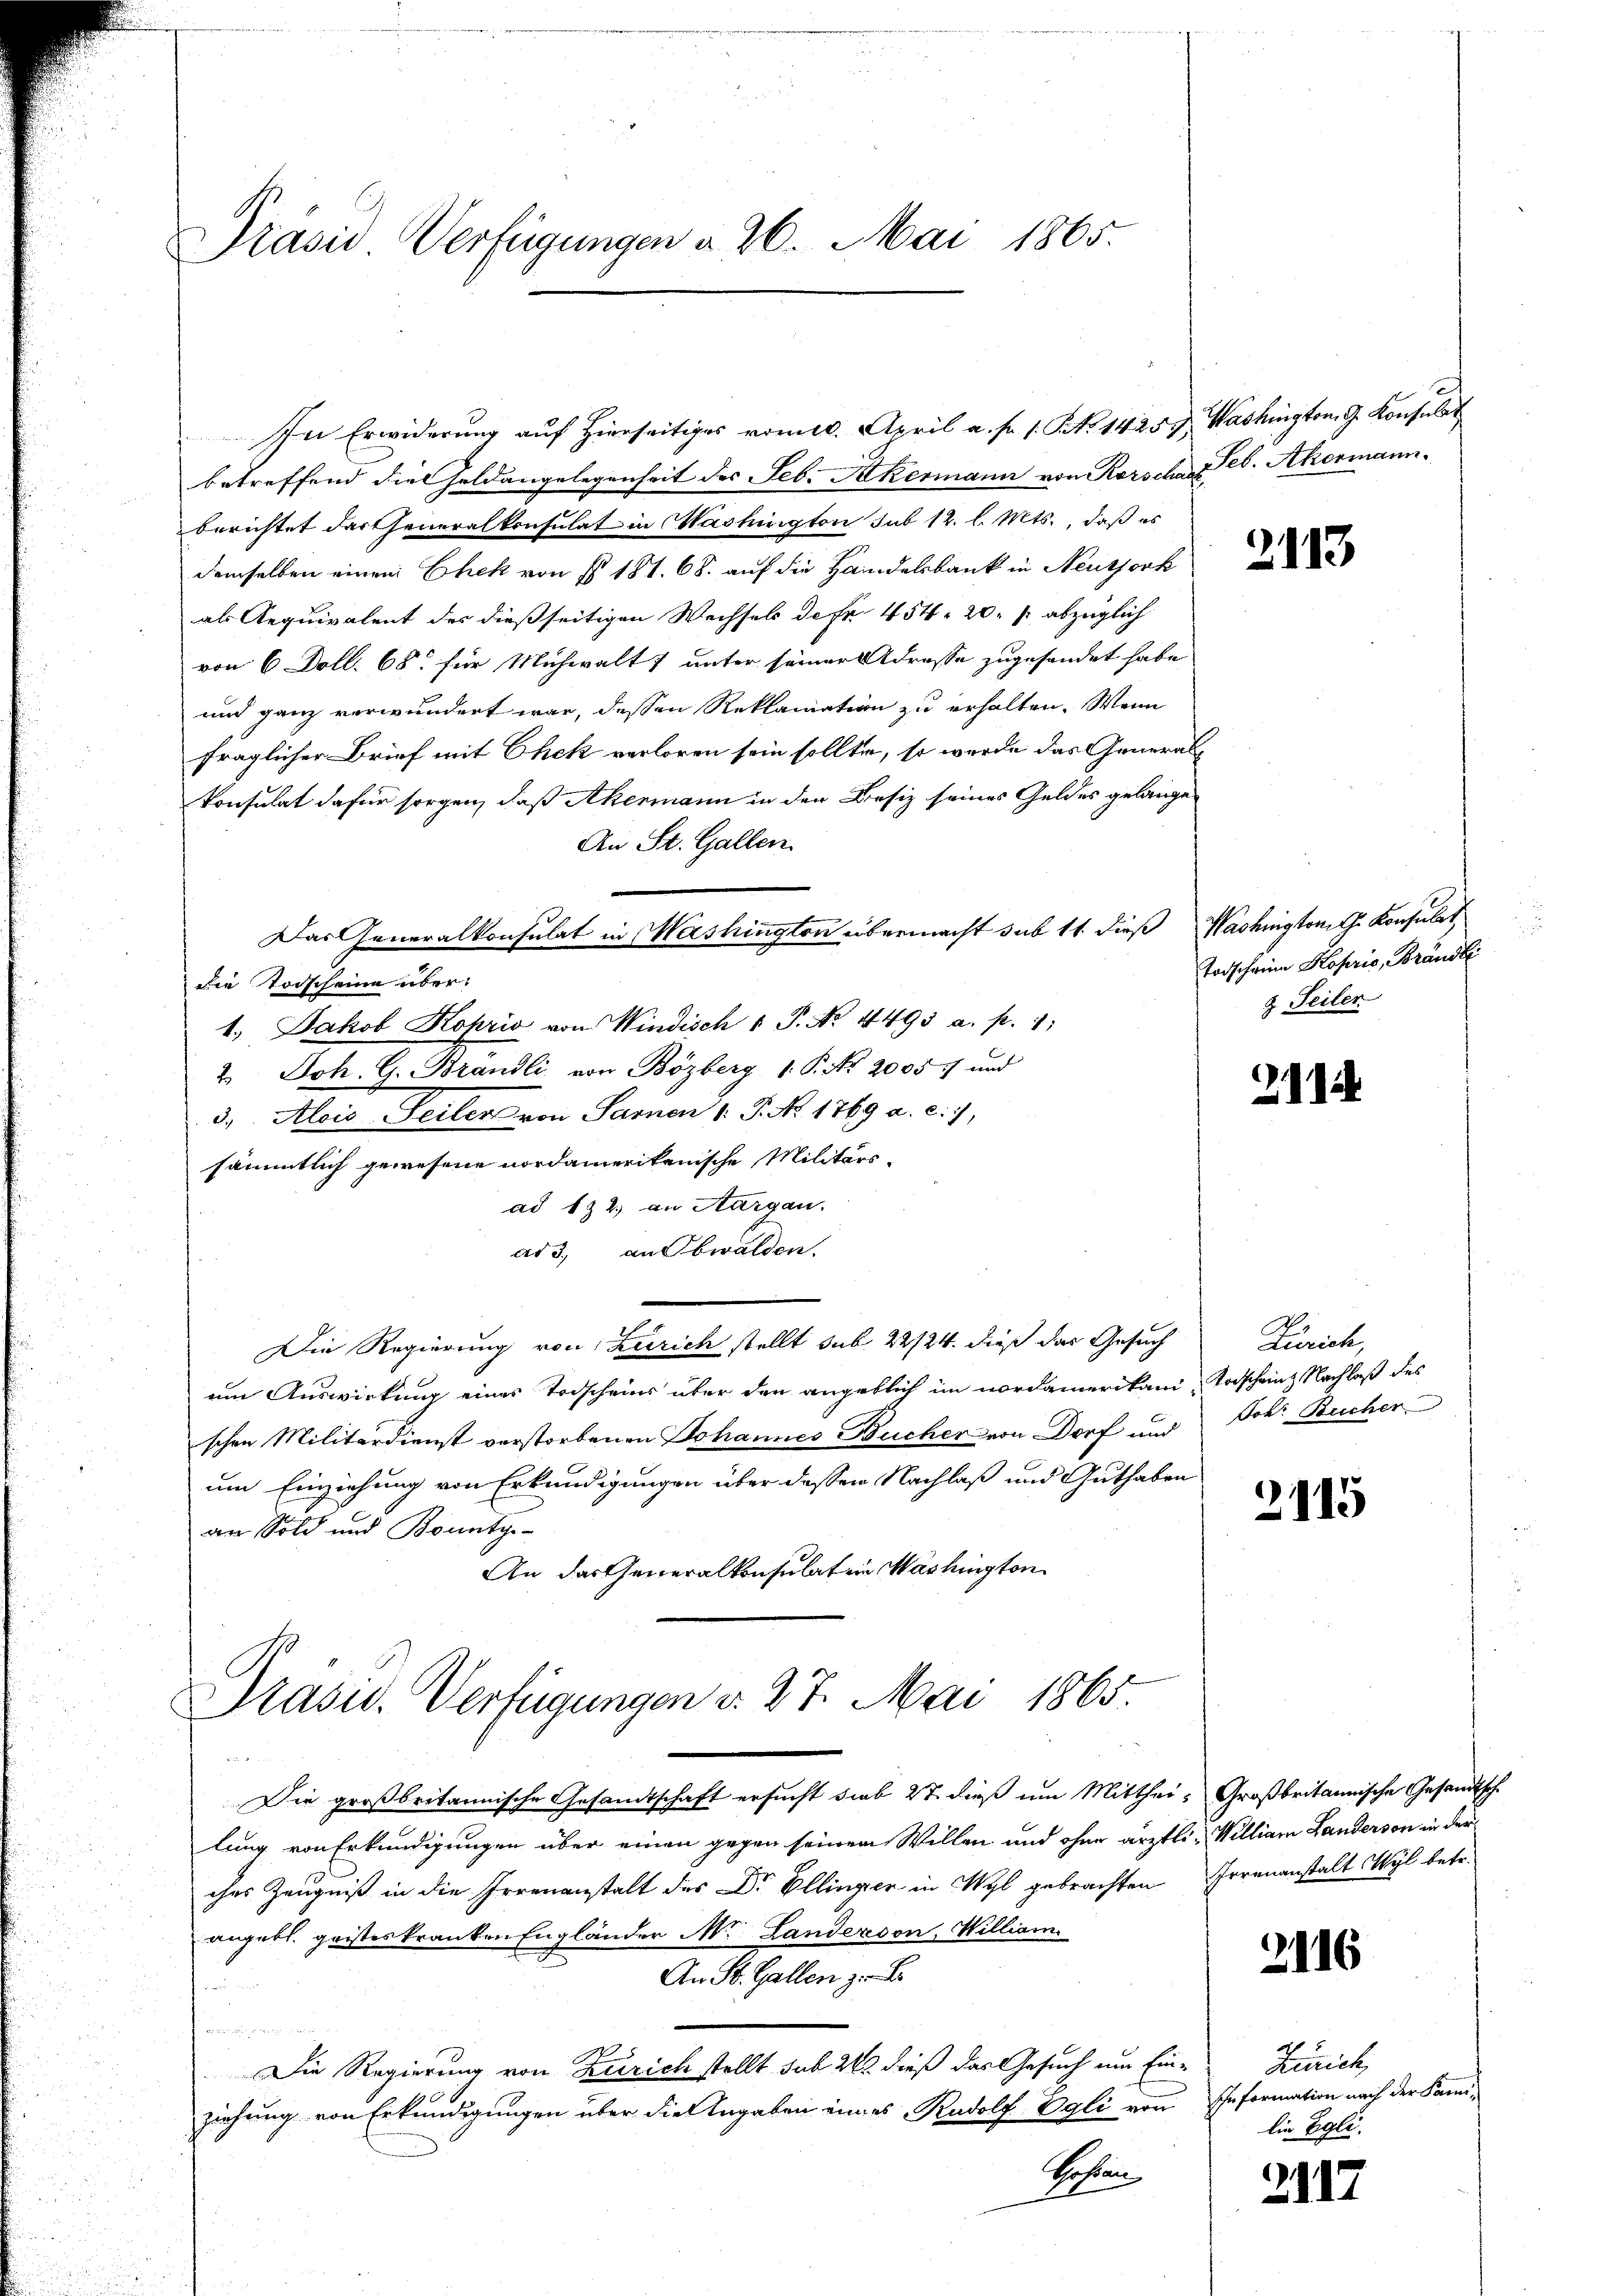
Präsid Verfügungen a. 26. Mai 1865.

In Erwiderŭng auf hierseitiges vom 10. April a. fr. 1. No 14259, Washington G. Konsulat
betreffend die Geldangelegenheit des Feb. Sukermann von Rorschen Feb. Akermann.
berichtet dartheneralkonsulat in Washington sub 12. l. Mts., daß es
demselben einen Chek von § 181. 68. auf die Handelsbank in Neutjork
als Aequivalent des dießseitigen Wechsels de fr. 454. 20 f abzüglich
von 6 Doll. 68. für Michwalt & unter seiner Adresse zugesandet habe
und ganz verwundert war, dessen Reklamation zu erhalten. Wenn
fraglicher Brief mit Chek verloren sein sollte, so wurde das Generalkonsulat dafür sorgen, daß Akermann in den Besiz seines Geldes gelange
An St. Gallen.
Das Generalkonsulat in Washington übermacht sub 11 dieß Washington G. Konsulat,
die Todscheine über:
1. Jakob Koprio von Windisch 1 P. No. 4493 a. p. 1:
2. Joh. G. Brandli von Bözberg 1. P. Nr. 20057 und
3. Alois Seiler von Sarnen 1. P. No. 1769 a. c. 7,
sämmtlich gewesene nordamerikanische Militärs.
ad 132. an Aargau.
ad 3. an Obwalden.
Die Regierung von Zürich stellt sub 22/24. dieß das Gesuch Zürich,
um Auswirkung eines Todscheins über den angeblich im nordamerikani-Vorscheinz Nachlaß des
schen Militärdienst verstorbenen Johannes Bucher von Dorf und Joh. Bucher
um Einziehung von Erkundigungen über dessen Nachlaß und Guthaben
an Sold und Bonntge-
An das Generalkonsulat in Washington
Prasis. Verfügungen v. 27. Mai 1865.
N 22
Die großbritannische Gesandtschaft ersucht sieb 27. dieß um Mitthei- Großbritannische Gesandtsch
lung von Erkundigungen über einen gegen seinem Willen und ohne ärztli- William Landerson in der
ches Zeugniß in die Irrenanstalt des Dr. Ellinger in Wyl gebrachten Irrenanstalt Wyl betr.
angebl. geisteskranken Engländer Mr. Landerson, William
An St. Gallen zu B
.

7
Die Regierung von Zürich stellt sub 242 dieß das Gesuch um Ein-
ziehung von Erkundigungen über die Angaben eines Rudolf Egli von Information nach der Fami-
Kosten

2113

Todscheine Koprio, Brändli
2. Seiler

2114

2115

2116

Hinrich,
lie Egli.

2117